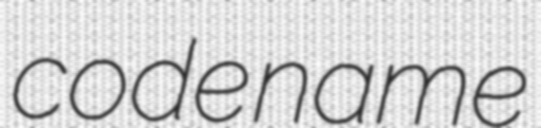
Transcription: code name